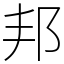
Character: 邦